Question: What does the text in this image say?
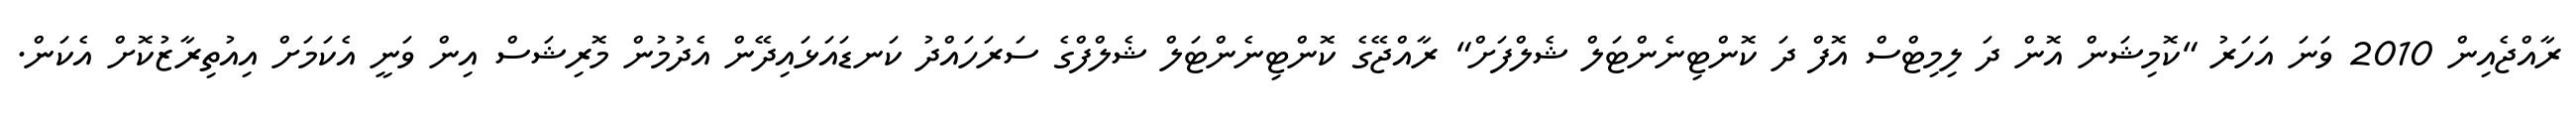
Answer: ރާއްޖެއިން 2010 ވަނަ އަހަރު "ކޮމިޝަން އޮން ދަ ލިމިޓްސް އޮފް ދަ ކޮންޓިނެންޓަލް ޝެލްފަށް" ރާއްޖޭގެ ކޮންޓިނެންޓަލް ޝެލްފްގެ ސަރަހައްދު ކަނޑައަޅައިދޭން އެދުމުން މޮރިޝަސް އިން ވަނީ އެކަމަށް އިއުތިރާޒުކޮށް އެކަން.